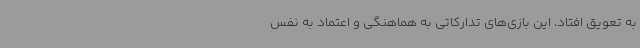
به تعویق افتاد، این بازی‌های تدارکاتی به هماهنگی و اعتماد به نفس